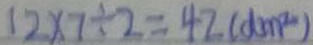
1 2 \times 7 \div 2 = 4 2 ( d m ^ { 2 } )